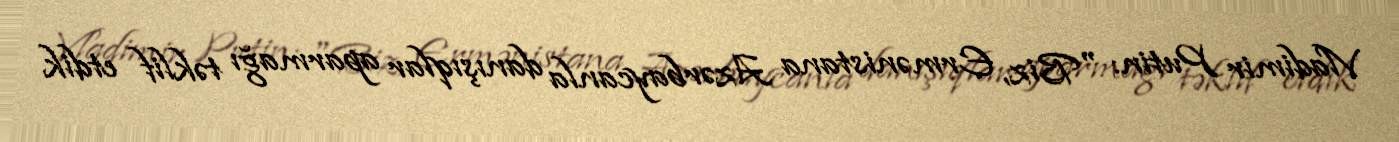
Vladimir Putin: "Biz, Ermənistana Azərbaycanla danışıqlar aparmağı təklif etdik